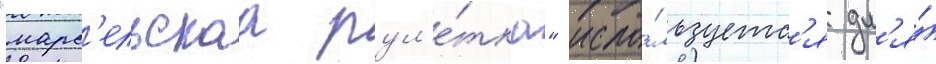
"марс'ельскаа рул'е́тка" испо́льзуетс'я дл'я́